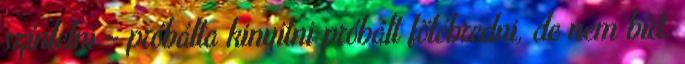
színlelni – próbálta kinyitni próbált fölébredni, de nem bírt.